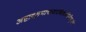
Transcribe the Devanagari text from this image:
अष्टादशभाषावारविलासिनीभुजंग